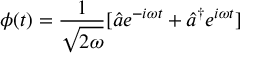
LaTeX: \phi ( t ) = \frac { 1 } { \sqrt { 2 \omega } } [ \hat { a } e ^ { - i \omega t } + \hat { a } ^ { \dagger } e ^ { i \omega t } ]